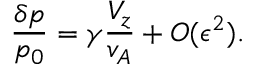
\frac { \delta p } { p _ { 0 } } = \gamma \frac { V _ { z } } { v _ { A } } + O ( \epsilon ^ { 2 } ) .